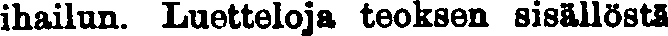
ihailun. Luetteloja teoksen sisällöstä